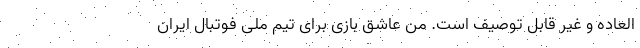
العاده و غیر قابل توصیف است. من عاشق بازی برای تیم ملی فوتبال ایران